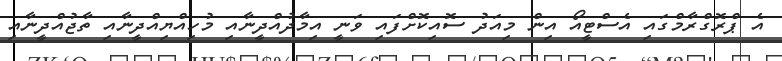
އެ ޕްރޮގްރާމްގައި އެސްޓީއޯ އިން މިއަދު ސޮއިކޮށްފައި ވަނީ އިމާދުއްދީނާއި މުހިއްޔިއްދީނާއި ތާޖުއްދީނާއި